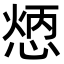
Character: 𢝦